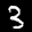
Label: 3